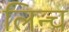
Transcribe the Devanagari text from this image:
लिन्च